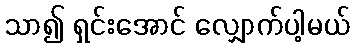
သာ၍ ရှင်းအောင် လျှောက်ပါ့မယ်